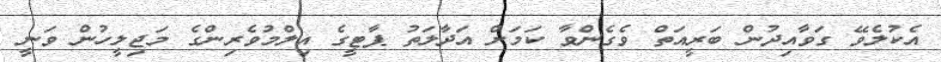
އެކުލެވޭ ގަވާއިދުން ބަރީއަތް ވެގެންވާ ކަމަށް އަދާލަތު ޕާޓީގެ އިލްމުވެރިންގެ މަޖިލީހުން ވަނީ